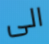
الى